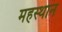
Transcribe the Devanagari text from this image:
महस्थान